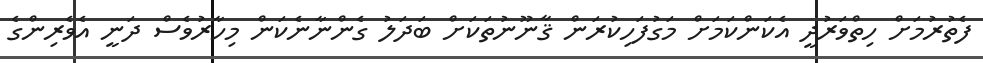
ފެތުރުމަށް ހިތްވަރުދީ އެކަންކަމަށް މަގުފަހިކުރަން ޤާނޫނުތަކަށް ބަދަލު ގެންނާނެކަން މިހާރުވެސް ދަނީ އެވެރިންގެ